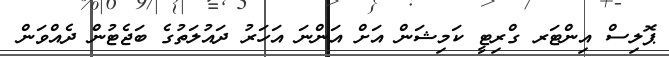
ޕޮލިސް އިންޓަރ ގްރިޓީ ކަމިޝަން އަށް އަންނަ އަހަރު ދައުލަތުގެ ބަޖެޓުން ދެއްވަން